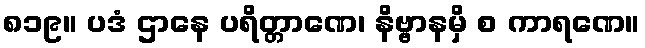
၈၁၉။ ပဒံ ဌာနေ ပရိတ္တာဏေ၊ နိဗ္ဗာနမှိ စ ကာရဏေ။